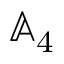
\mathbb { A } _ { 4 }